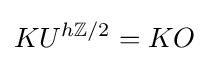
KU^{h\mathbb {Z} /2}=KO